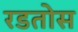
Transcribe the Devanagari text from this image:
रडतोस